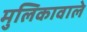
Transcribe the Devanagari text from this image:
मुलिकावाले